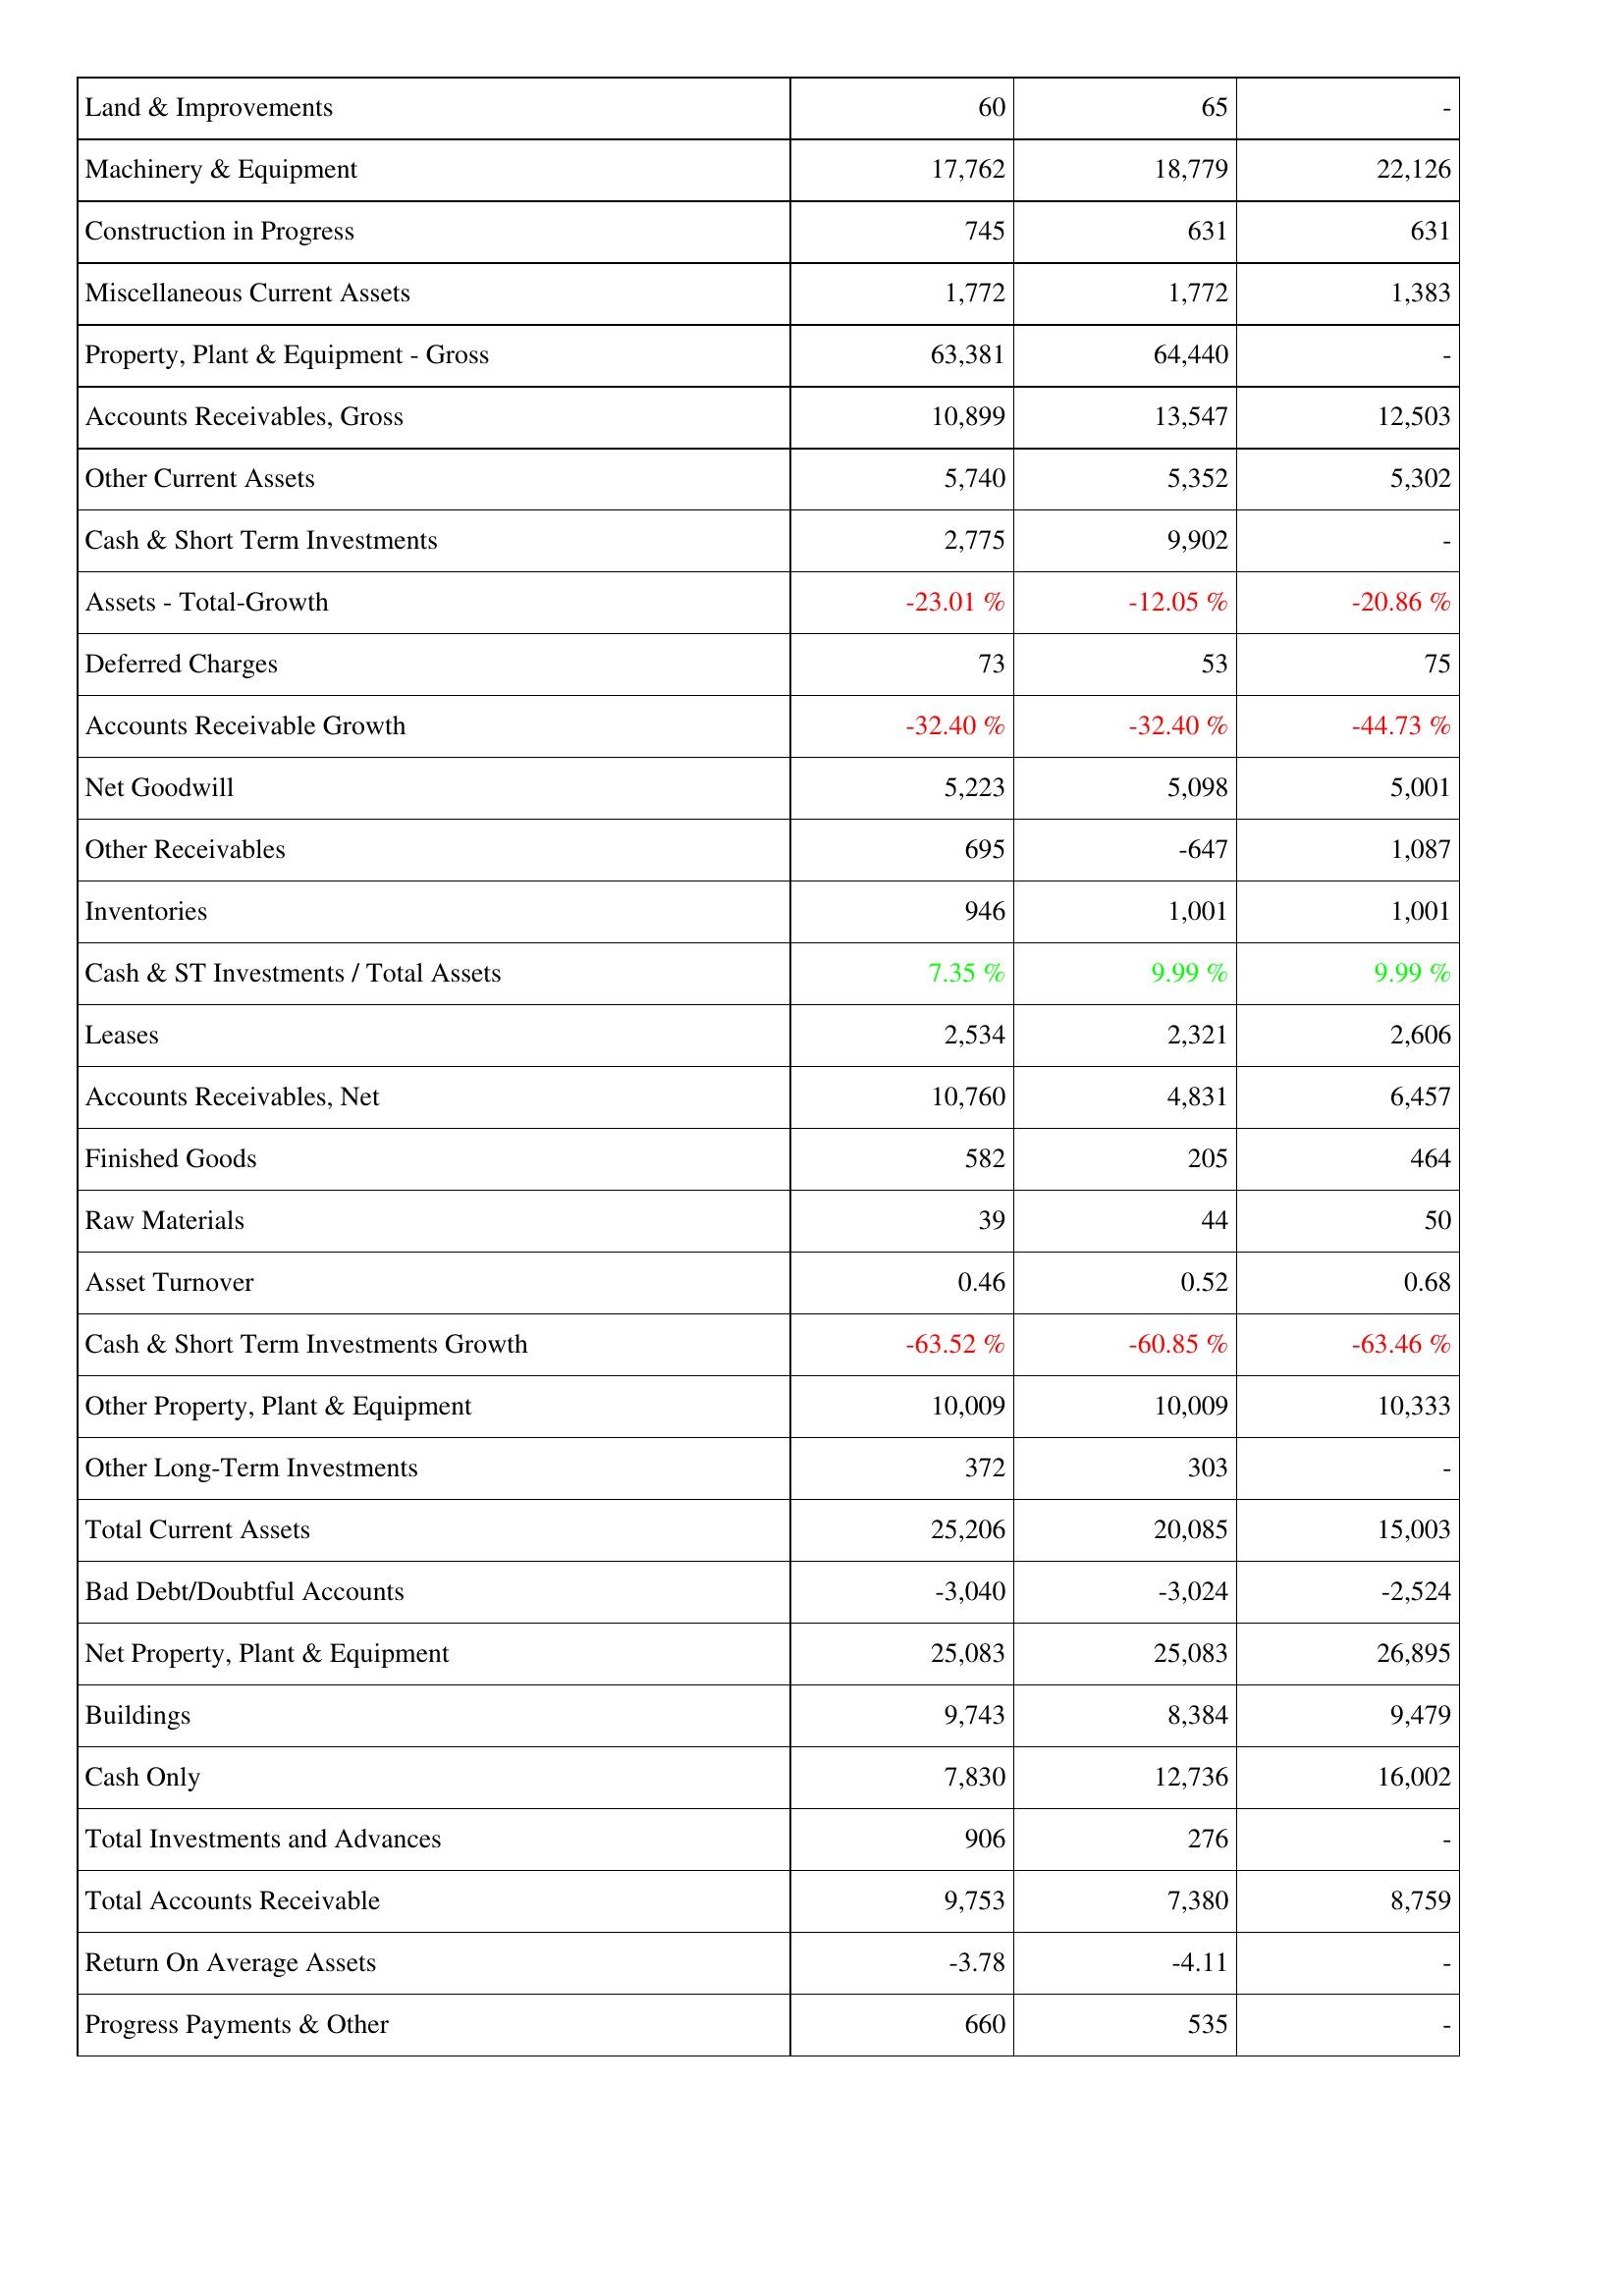
2007: Assets: Land & Improvements: 60
Machinery & Equipment: 17,762
Construction in Progress: 745
Miscellaneous Current Assets: 1,772
Property, Plant & Equipment - Gross: 63,381
Accounts Receivables, Gross: 10,899
Other Current Assets: 5,740
Cash & Short Term Investments: 2,775
Assets - Total-Growth: -23.01 %
Deferred Charges: 73
Accounts Receivable Growth: -32.40 %
Net Goodwill: 5,223
Other Receivables: 695
Inventories: 946
Cash & ST Investments / Total Assets: 7.35 %
Leases: 2,534
Accounts Receivables, Net: 10,760
Finished Goods: 582
Raw Materials: 39
Asset Turnover: 0.46
Cash & Short Term Investments Growth: -63.52 %
Other Property, Plant & Equipment: 10,009
Other Long-Term Investments: 372
Total Current Assets: 25,206
Bad Debt/Doubtful Accounts: -3,040
Net Property, Plant & Equipment: 25,083
Buildings: 9,743
Cash Only: 7,830
Total Investments and Advances: 906
Total Accounts Receivable: 9,753
Return On Average Assets: -3.78
Progress Payments & Other: 660
2006: Assets: Land & Improvements: 65
Machinery & Equipment: 18,779
Construction in Progress: 631
Miscellaneous Current Assets: 1,772
Property, Plant & Equipment - Gross: 64,440
Accounts Receivables, Gross: 13,547
Other Current Assets: 5,352
Cash & Short Term Investments: 9,902
Assets - Total-Growth: -12.05 %
Deferred Charges: 53
Accounts Receivable Growth: -32.40 %
Net Goodwill: 5,098
Other Receivables: -647
Inventories: 1,001
Cash & ST Investments / Total Assets: 9.99 %
Leases: 2,321
Accounts Receivables, Net: 4,831
Finished Goods: 205
Raw Materials: 44
Asset Turnover: 0.52
Cash & Short Term Investments Growth: -60.85 %
Other Property, Plant & Equipment: 10,009
Other Long-Term Investments: 303
Total Current Assets: 20,085
Bad Debt/Doubtful Accounts: -3,024
Net Property, Plant & Equipment: 25,083
Buildings: 8,384
Cash Only: 12,736
Total Investments and Advances: 276
Total Accounts Receivable: 7,380
Return On Average Assets: -4.11
Progress Payments & Other: 535
2005: Assets: Land & Improvements: -
Machinery & Equipment: 22,126
Construction in Progress: 631
Miscellaneous Current Assets: 1,383
Property, Plant & Equipment - Gross: -
Accounts Receivables, Gross: 12,503
Other Current Assets: 5,302
Cash & Short Term Investments: -
Assets - Total-Growth: -20.86 %
Deferred Charges: 75
Accounts Receivable Growth: -44.73 %
Net Goodwill: 5,001
Other Receivables: 1,087
Inventories: 1,001
Cash & ST Investments / Total Assets: 9.99 %
Leases: 2,606
Accounts Receivables, Net: 6,457
Finished Goods: 464
Raw Materials: 50
Asset Turnover: 0.68
Cash & Short Term Investments Growth: -63.46 %
Other Property, Plant & Equipment: 10,333
Other Long-Term Investments: -
Total Current Assets: 15,003
Bad Debt/Doubtful Accounts: -2,524
Net Property, Plant & Equipment: 26,895
Buildings: 9,479
Cash Only: 16,002
Total Investments and Advances: -
Total Accounts Receivable: 8,759
Return On Average Assets: -
Progress Payments & Other: -